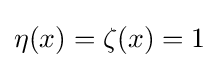
\eta (x)=\zeta (x)=1